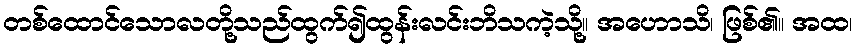
တစ်ထောင်သောလတို့သည်ထွက်၍ထွန်းလင်းဘိသကဲ့သို့။ အဟောသိ၊ ဖြစ်၏။ အထ၊